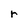
Character: r